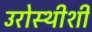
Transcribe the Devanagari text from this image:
उरोस्थीशी